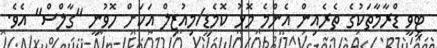
ޓީވީ ޑްރާމާތަކުގެ ތެރެއިން އެންމެ މޮޅު ކޮމެޑީ/މިއުޒިލް އަކަށް ހޮވުނީ "ގާލްސް" އެވެ.